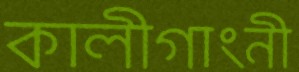
কালীগাংনী